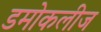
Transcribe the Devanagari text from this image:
डमोकलीज